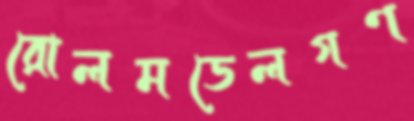
রোলমডেলগণ